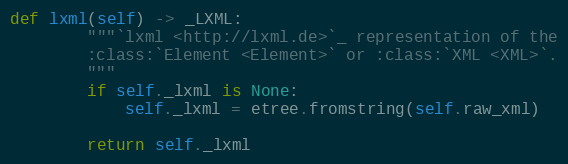
Language: Python
def lxml(self) -> _LXML:
        """`lxml <http://lxml.de>`_ representation of the
        :class:`Element <Element>` or :class:`XML <XML>`.
        """
        if self._lxml is None:
            self._lxml = etree.fromstring(self.raw_xml)

        return self._lxml